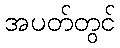
အပတ်တွင်